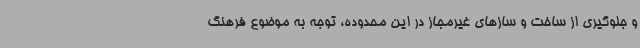
و جلوگیری از ساخت و سازهای غیرمجاز در این محدوده، توجه به موضوع فرهنگ